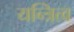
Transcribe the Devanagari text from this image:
यन्त्रित्व